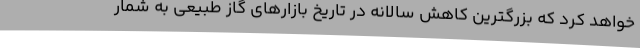
خواهد کرد که بزرگترین کاهش سالانه در تاریخ بازارهای گاز طبیعی به شمار